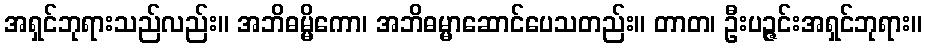
အရှင်ဘုရားသည်လည်း။ အဘိဓမ္မိကော၊ အဘိဓမ္မာဆောင်ပေသတည်း။ တာတ၊ ဦးပဉ္ဇင်းအရှင်ဘုရား။